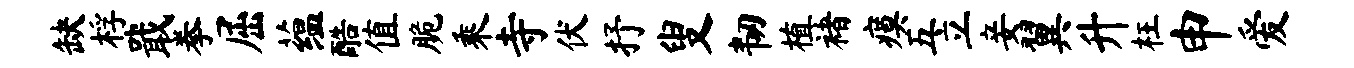
缺桴戢拳屈蕴酷值脆乘寺伏抒叟韧植褚瘼五立妾翼升枉申爱